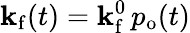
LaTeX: \mathbf{k}_{\mathrm{{f}}}(t)=\mathbf{k}_{\mathrm{{f}}}^{0}\, p_{\mathrm{{o}}}(t)